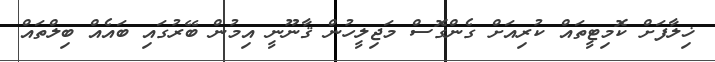
ޚިލާފަށް ކޮމިޓީތައް ކުރިއަަށް ގެންގޮސް މަޖިލީހުން ޤާނޫނީ އިމުން ބޭރުގައި ބައެއް ބިލްތައް